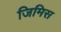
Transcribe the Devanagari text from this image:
जिमिस